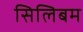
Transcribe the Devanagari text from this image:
सिलिबम